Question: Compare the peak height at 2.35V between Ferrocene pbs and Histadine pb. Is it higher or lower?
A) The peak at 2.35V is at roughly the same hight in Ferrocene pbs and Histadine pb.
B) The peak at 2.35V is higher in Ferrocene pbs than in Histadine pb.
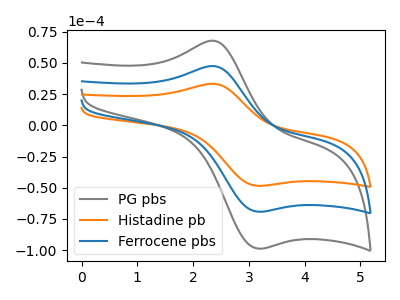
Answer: <think>The gray curve "PG pbs" has an anodic peak at (2.35V, 95.00uA) and a cathodic peak at (3.15V, -138.25uA). The orange curve "Histadine pb" has an anodic peak at (2.35V, 33.30uA) and a cathodic peak at (3.15V, -48.45uA). The blue curve "Ferrocene pbs" has an anodic peak at (2.35V, 47.50uA) and a cathodic peak at (3.15V, -69.10uA).</think>
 <answer>B) The peak at 2.35V is higher in "Ferrocene pbs" than in "Histadine pb".</answer>
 <eval>B</eval>